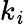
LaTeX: k_{\mathit{i}}